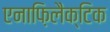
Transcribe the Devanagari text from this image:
एनाफ़िलैक्टिक